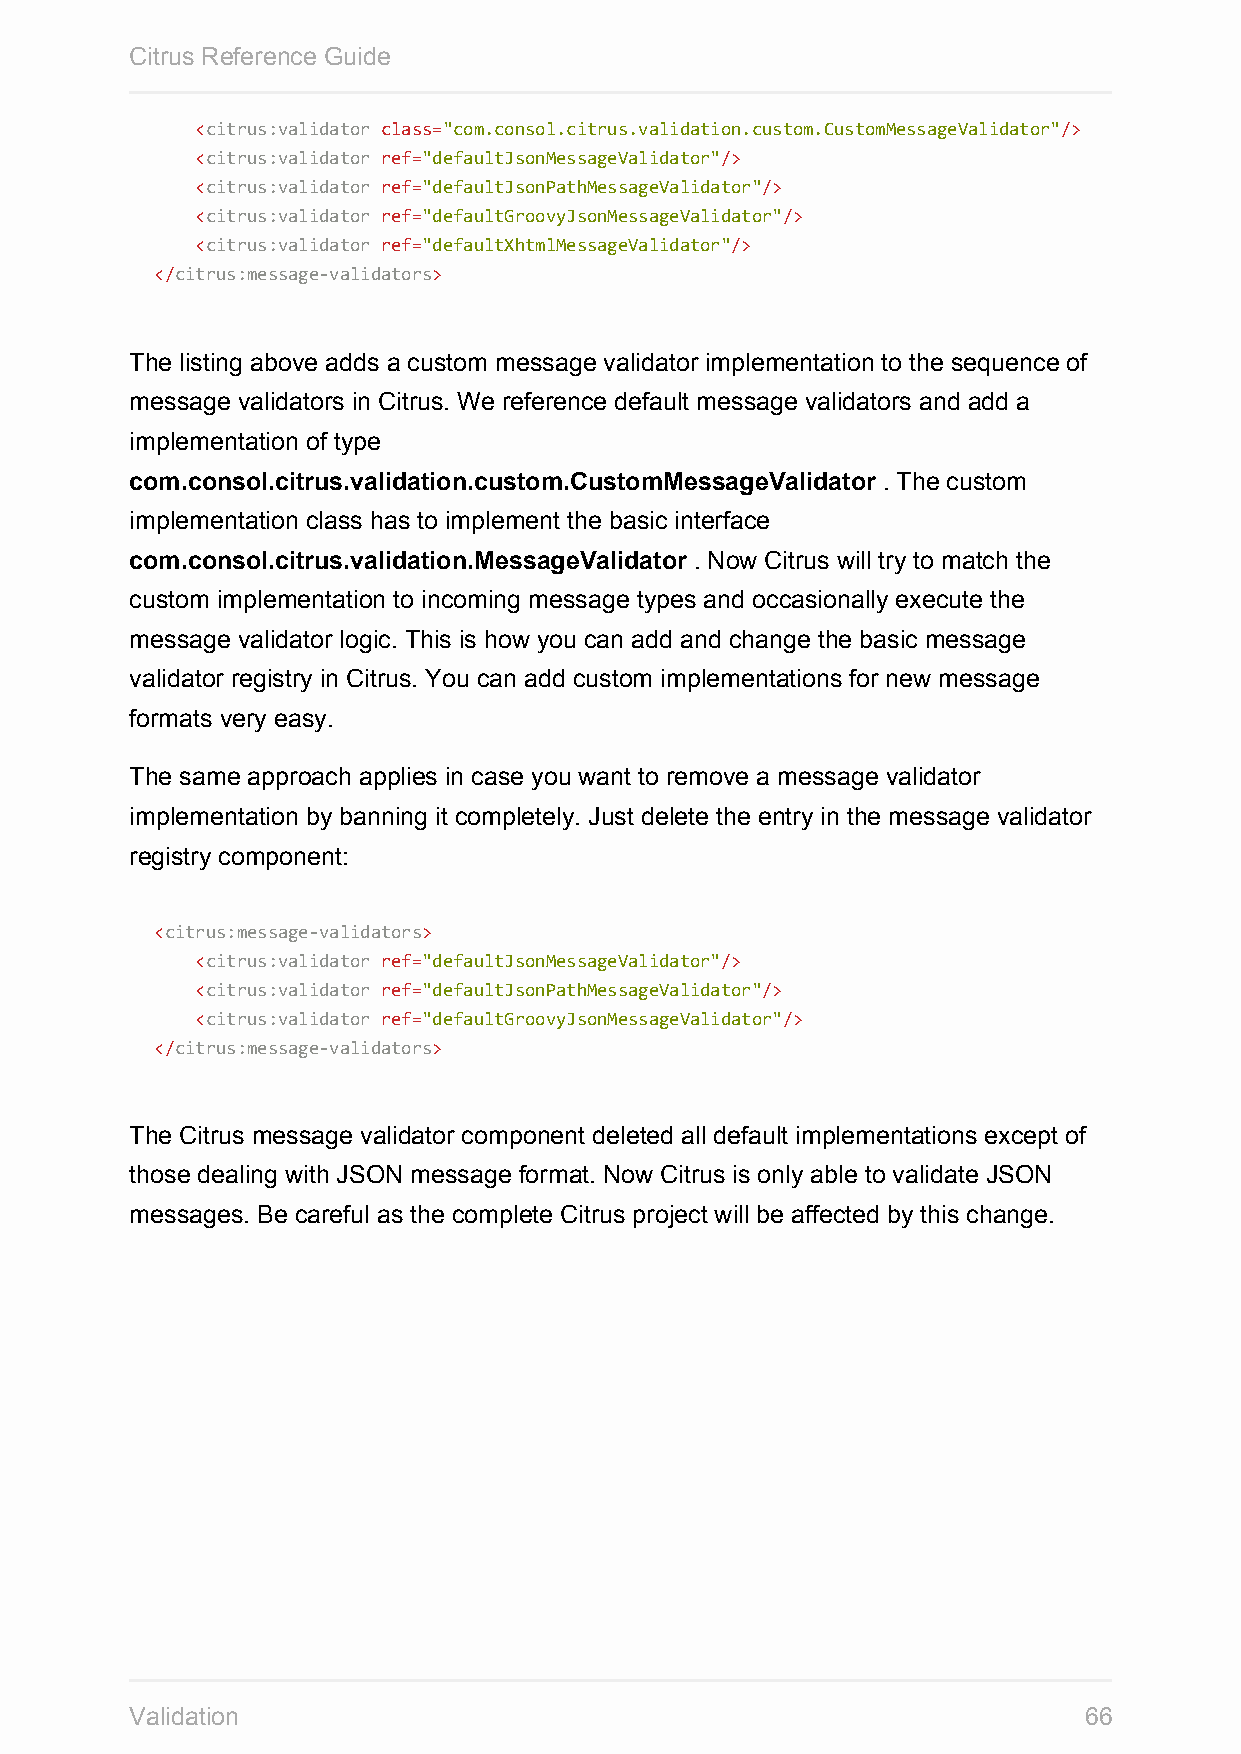
Citrus Reference Guide
 <citrus:validator class="com.consol.citrus.validation.custom.CustomMessageValidator"/>
 <citrus:validator ref="defaultJsonMessageValidator"/>
 <citrus:validator ref="defaultJsonPathMessageValidator"/>
 <citrus:validator ref="defaultGroovyJsonMessageValidator"/>
 <citrus:validator ref="defaultXhtmlMessageValidator"/>
 </citrus:message-validators>
 The listing above adds a custom message validator implementation to the sequence of
 message validators in Citrus. We reference default message validators and add a
 implementation of type
 com.consol.citrus.validation.custom.CustomMessageValidator . The custom
 implementation class has to implement the basic interface
 com.consol.citrus.validation.MessageValidator . Now Citrus will try to match the
 custom implementation to incoming message types and occasionally execute the
 message validator logic. This is how you can add and change the basic message
 validator registry in Citrus. You can add custom implementations for new message
 formats very easy.
 The same approach applies in case you want to remove a message validator
 implementation by banning it completely. Just delete the entry in the message validator
 registry component:
 <citrus:message-validators>
 <citrus:validator ref="defaultJsonMessageValidator"/>
 <citrus:validator ref="defaultJsonPathMessageValidator"/>
 <citrus:validator ref="defaultGroovyJsonMessageValidator"/>
 </citrus:message-validators>
 The Citrus message validator component deleted all default implementations except of
 those dealing with JSON message format. Now Citrus is only able to validate JSON
 messages. Be careful as the complete Citrus project will be affected by this change.
 Validation                                                     66